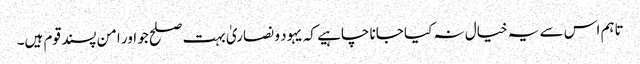
تاہم اس سے یہ خیال نہ کیا جانا چاہیے کہ یہود و نصاریٰ بہت صلح جو اور امن پسند قوم ہیں۔